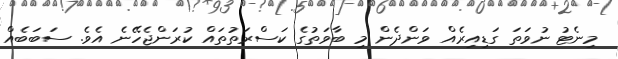
މިނެޓު ނުވަތަ ގަޑިއިރެއް ވަންދެން މި ބާވަތުގެ ކަސްރަތުތައް ކުރަންޖެހޭނެ އެވެ. ސަބަބެއް